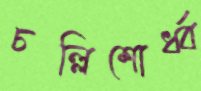
চল্লিশোর্ধ্ব